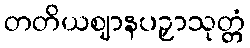
တတိယဈာနပဉှာသုတ္တံ